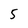
Character: 5